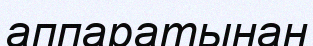
аппаратынан